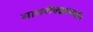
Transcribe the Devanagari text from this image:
मायरोक्झायलॉन